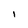
Character: i